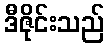
ဒီဇိုင်းသည်